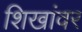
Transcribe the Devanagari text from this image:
शिखांवर